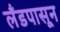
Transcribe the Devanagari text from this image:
लँडपासून